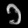
Digit: ၁